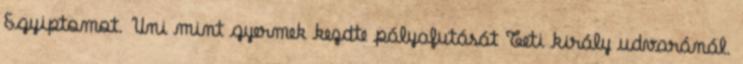
Egyiptomot. Uni mint gyermek kezdte pályafutását Teti király udvaránál.